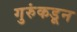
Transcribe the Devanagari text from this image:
गुरुंकडून